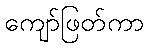
ကျော်ဖြတ်ကာ